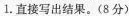
1.直接写出结果。(8分)